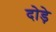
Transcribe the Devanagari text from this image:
दोड़े